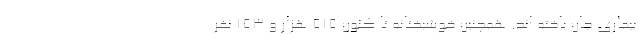
بیماری جان باخته اند. همچنین خوشبختانه تا کنون ۵۱۵ هزار و ۱۵۳ نفر